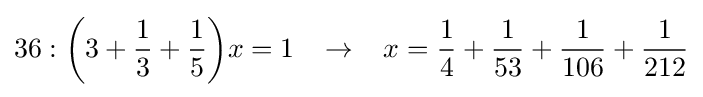
36:{\bigg (}3+{\frac {1}{3}}+{\frac {1}{5}}{\bigg )}x=1\;\;\;\rightarrow \;\;\;x={\frac {1}{4}}+{\frac {1}{53}}+{\frac {1}{106}}+{\frac {1}{212}}